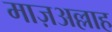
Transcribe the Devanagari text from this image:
माज़अल्लाह